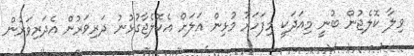
ވިލާ ކޮލެޖުން ބުނީ މިއަދަކީ މިފަހަރު މުޅިން އަލަށް އެކޮލެޖާގުޅުނު ދަރިވަރުން އެދަރިވަރުން